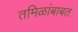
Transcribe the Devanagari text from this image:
तमिळांबाबत